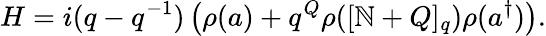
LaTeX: H=i(q-q^{-1})\left(\rho(a)+q^{Q}\rho([\mathbb{N}+Q]_{q})\rho(a^{\dagger})\right).